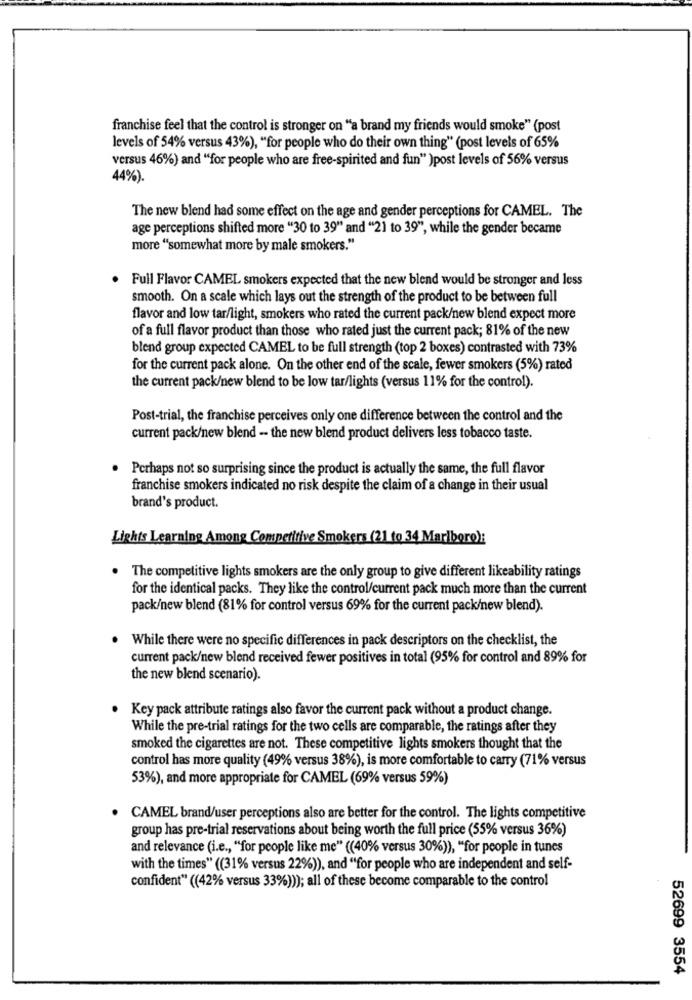
franchise feel that the control is stronger on "a brand my friends would smoke" (post
levels of 54% versus 43%), "for people who do their own thing" (post levels of 65%
versus 46%) and "for people who are free-spirited and fun" )post levels of 56% versus
44%).
The new blend had some effect on the age and gender perceptions for CAMEL. The
age perceptions shifted more "30 to 39" and "21 to 39", while the gender became
more ""somewhat more by male smokers."
Full Flavor CAMEL smokers expected that the new blend would be stronger and less
smooth. On a scale which lays out the strength of the product to be between full
flavor and low tar/light, smokers who rated the current pack/new blend expect more
of a full flavor product than those who rated just the current pack; 81% of the new
blend group expected CAMEL to be full strength (top 2 boxes) contrasted with 73%
for the current pack alone. On the other end of the scale, fewer smokers (5%) rated
the current pack/new blend to be low tar/lights (versus 11% for the control).
Post-trial, the franchise perceives only one difference between the control and the
current pack/new blend -- the new blend product delivers less tobacco taste.
. Perhaps not so surprising since the product is actually the same, the full flavor
franchise smokers indicated no risk despite the claim of a change in their usual
brand's product.
Lights Learning Among Competitive Smokers (21 to 34 Marlboro):
The competitive lights smokers are the only group to give different likeability ratings
for the identical packs. They like the control/current pack much more than the current
pack/new blend (81% for control versus 69% for the current pack/new blend).
While there were no specific differences in pack descriptors on the checklist, the
current pack/new blend received fewer positives in total (95% for control and 89% for
the new blend scenario).
. Key pack attribute ratings also favor the current pack without a product change.
While the pre-trial ratings for the two cells are comparable, the ratings after they
smoked the cigarettes are not. These competitive lights smokers thought that the
control has more quality (49% versus 38%), is more comfortable to carry (71% versus
53%), and more appropriate for CAMEL (69% versus 59%)
. CAMEL brand/user perceptions also are better for the control. The lights competitive
group has pre-trial reservations about being worth the full price (55% versus 36%)
and relevance (i.e ., "for people like me" ((40% versus 30%)), "for people in tunes
with the times" ((31% versus 22%)), and "for people who are independent and self-
confident" ((42% versus 33%))); all of these become comparable to the control
52699 3554